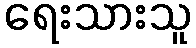
ရေးသားသူ